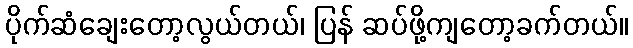
ပိုက်ဆံချေးတော့လွယ်တယ်၊ ပြန် ဆပ်ဖို့ကျတော့ခက်တယ်။